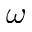
\omega